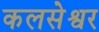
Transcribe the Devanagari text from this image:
कलसेश्वर